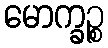
မောက္ခဉ္စ